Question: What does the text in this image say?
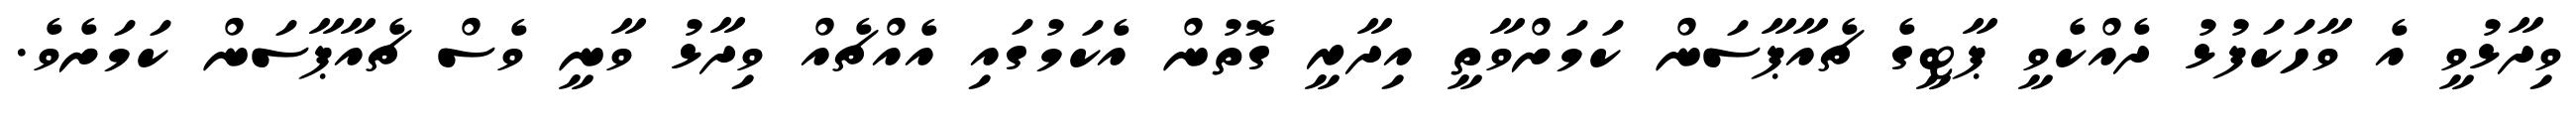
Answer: ވިދާޅުވީ އެ ވާހަކަފުޅު ދެއްކެވީ ޕާޓީގެ ޗެއާޕާސަން ކަމަށްވާތީ އިދާރީ ގޮތުން އެކަމުގައި އެއްޗެއް ވިދާޅު ވާނީ ވެސް ޗެއާޕާސަން ކަމަށެވެ.